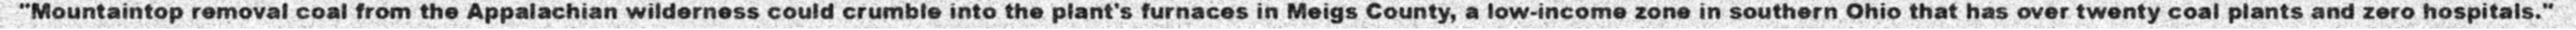
"Mountaintop removal coal from the Appalachian wilderness could crumble into the plant's furnaces in Meigs County, a low-income zone in southern Ohio that has over twenty coal plants and zero hospitals."